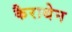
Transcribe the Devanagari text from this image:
कैराथेन